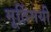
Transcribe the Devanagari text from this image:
मूर्तिमयी